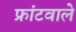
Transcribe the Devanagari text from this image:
फ्रांटवाले